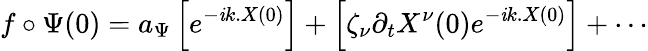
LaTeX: f\circ\Psi(0)=a_{\Psi}\left[e^{-\mathit{i}k.X(0)}\right]+\left[\zeta_{\nu}\partial_{t}X^{\nu}(0)e^{-\mathit{i}k.X(0)}\right]+\cdots